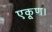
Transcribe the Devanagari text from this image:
एकूण।